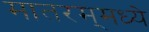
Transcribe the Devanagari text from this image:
मातरम्‌मध्ये